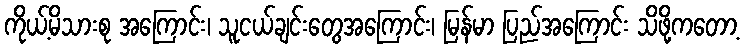
ကိုယ့်မိသားစု အကြောင်း၊ သူငယ်ချင်းတွေအကြောင်း၊ မြန်မာ ပြည်အကြောင်း သိဖို့ကတော့